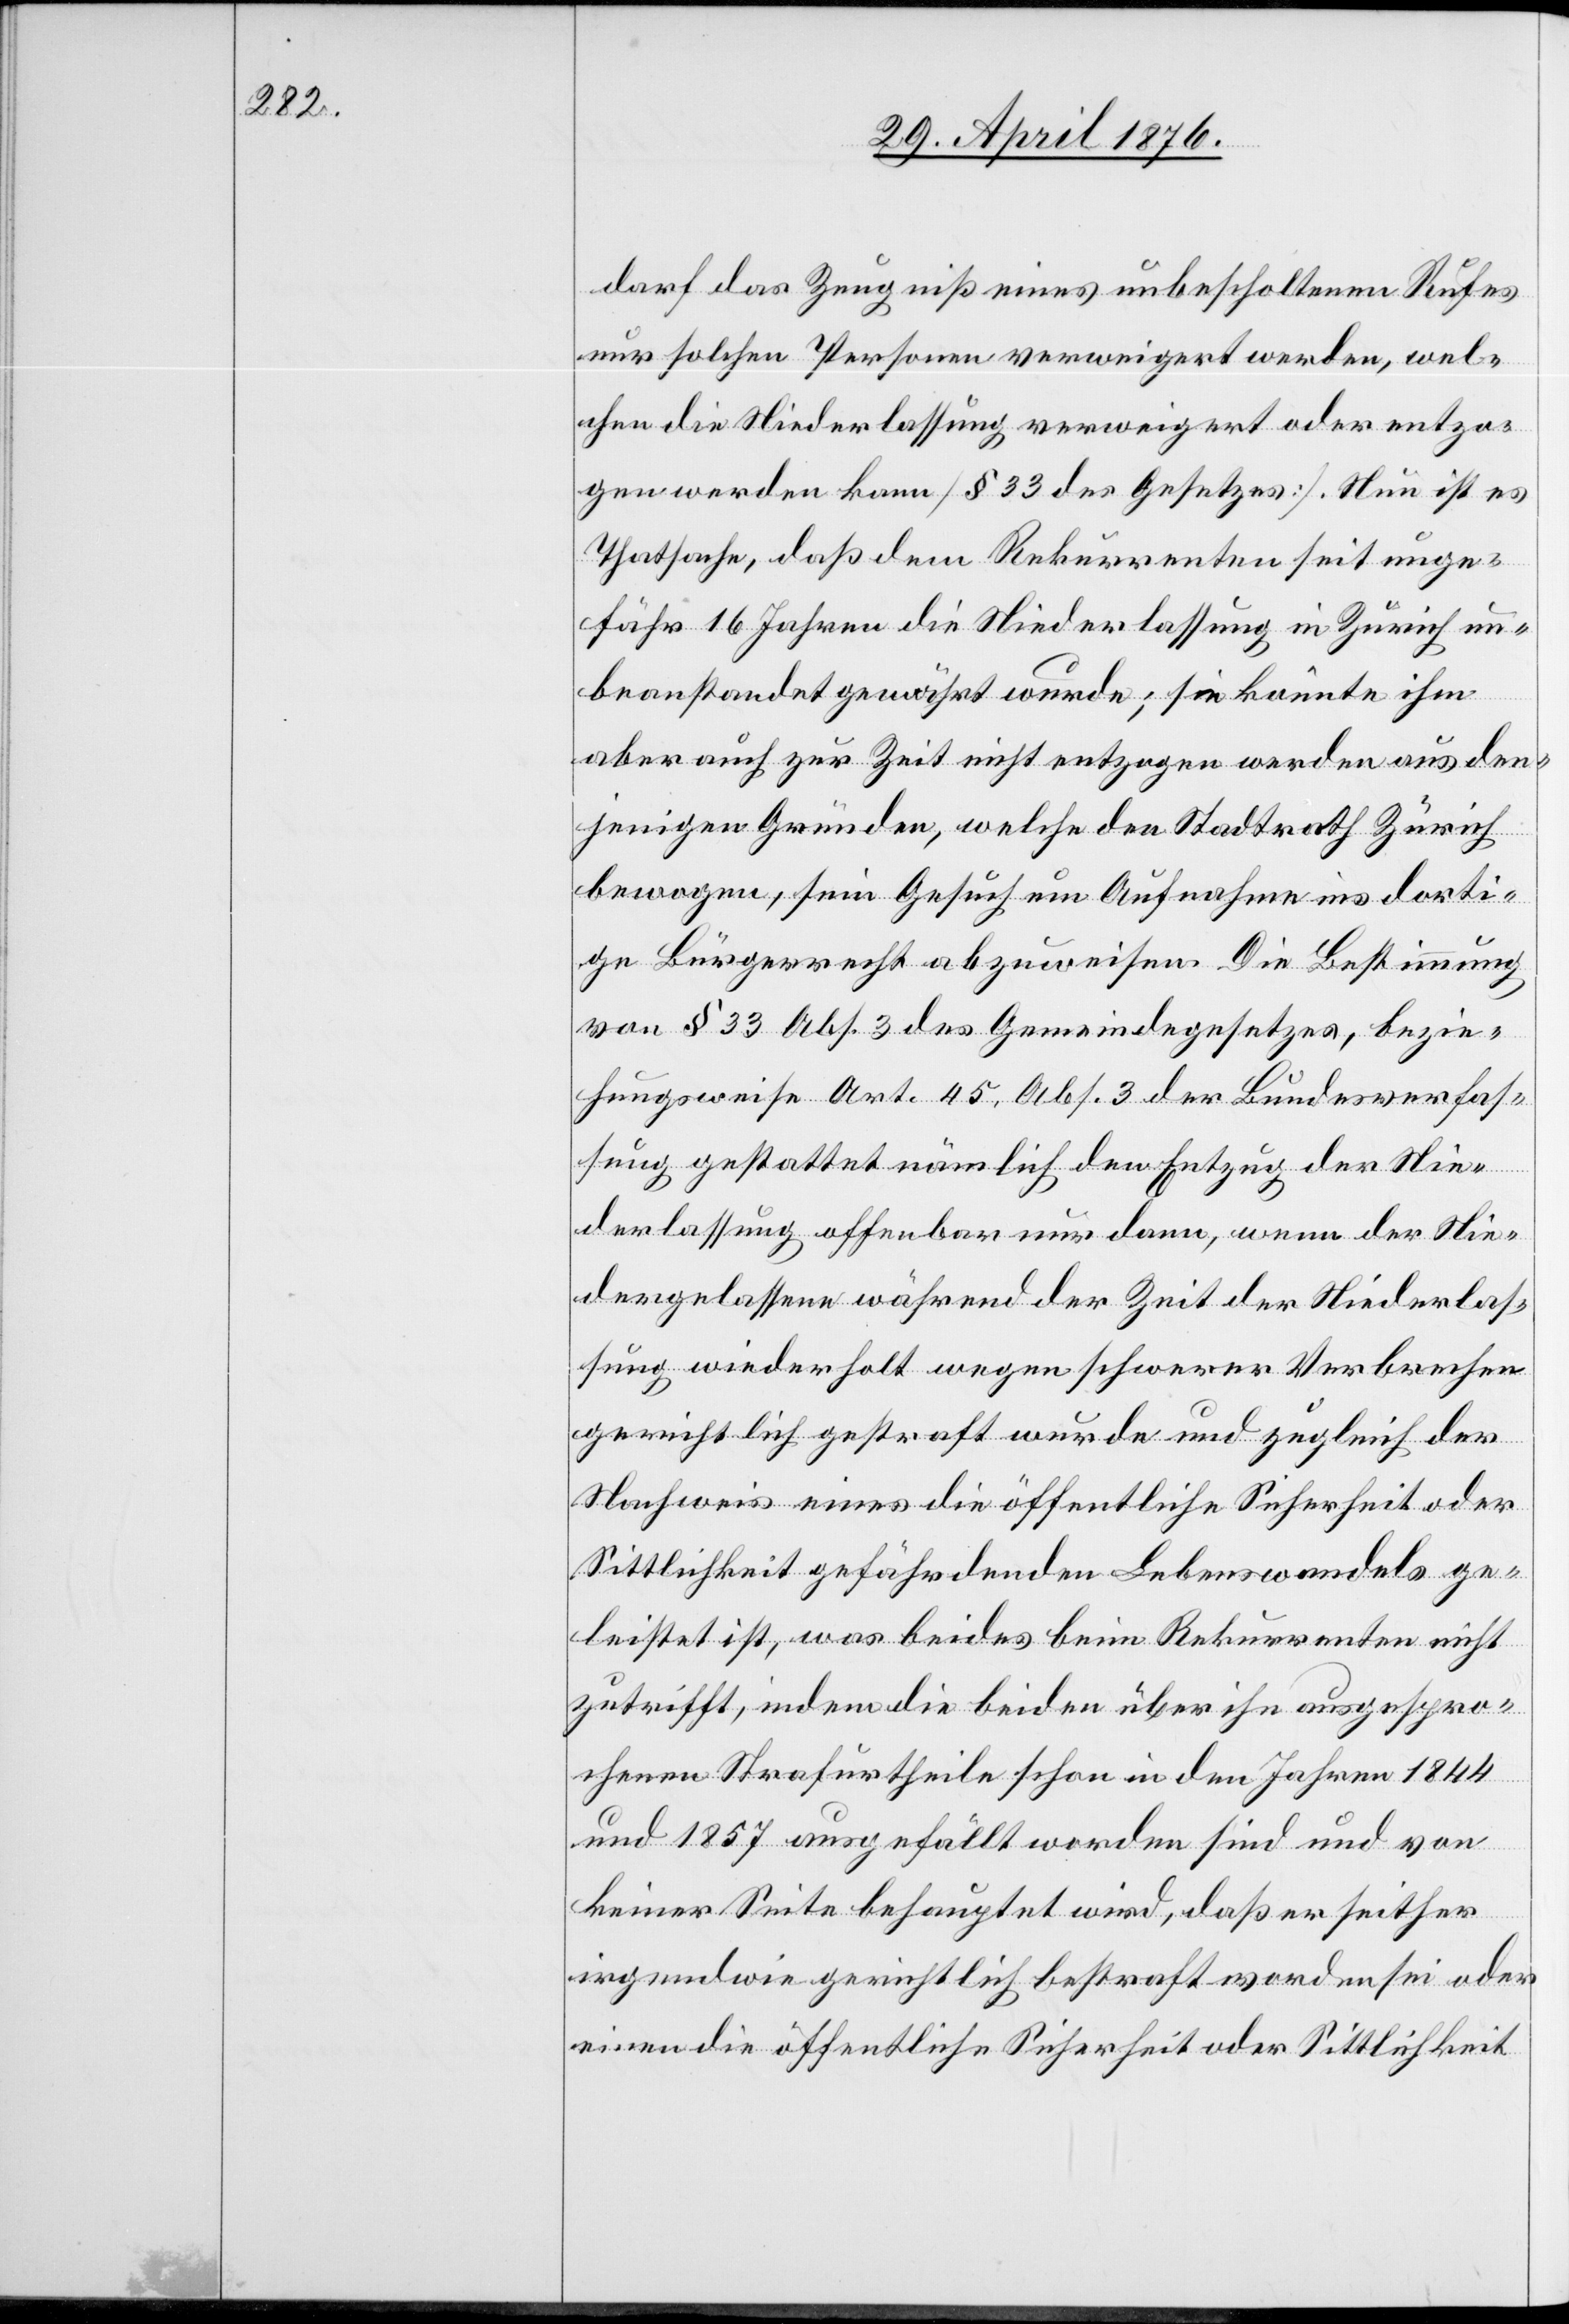
darf das Zeugniß eines unbescholtenen Rufes
nur solchen Personen verweigert werden, wel¬
chen die Niederlassung verweigert oder entzo¬
gen werden kann [§ 33 des Gesetzes]. Nun ist es
Thatsache, daß dem Rekurrenten seit unge¬
fähr 16 Jahren die Niederlassung in Zürich un¬
beanstandet gewährt wurde; sie könnte ihm
aber auch zur Zeit nicht entzogen werden aus den¬
jenigen Gründen, welche den Stadtrath Zürich
bewogen, sein Gesuch um Aufnahme ins dorti¬
ge Bürgerrecht abzuweisen. Die Bestimmung
von § 33 Abs. 3 des Gemeindegesetzes, bezie¬
hungsweise Art. 45, Abs. 3 der Bundesverfas¬
sung gestattet nämlich den Entzug der Nie¬
derlassung offenbar nur dann, wenn der Nie¬
dergelassene während der Zeit der Niederlas¬
sung wiederholt wegen schwerer Verbrechen
gerichtlich gestraft wurde und zugleich der
Nachweis eines die öffentliche Sicherheit oder
Sittlichkeit gefährdenden Lebenswandels ge¬
leistet ist, was beides beim Rekurrenten nicht
zutrifft, indem die beiden über ihn ausgespro¬
chenen Strafurtheile schon in den Jahren 1844
und 1857 ausgefällt worden sind und von
keiner Seite behauptet wird, das er seither
irgendwie gerichtlich bestraft worden sei oder
einen die öffentliche Sicherheit oder Sittlichkeit